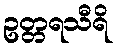
ဥတ္တရသီရိ